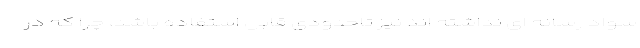
سواد رسانه ای نداشته اند نیز تاحدودی قابل استفاده باشد، چرا که در